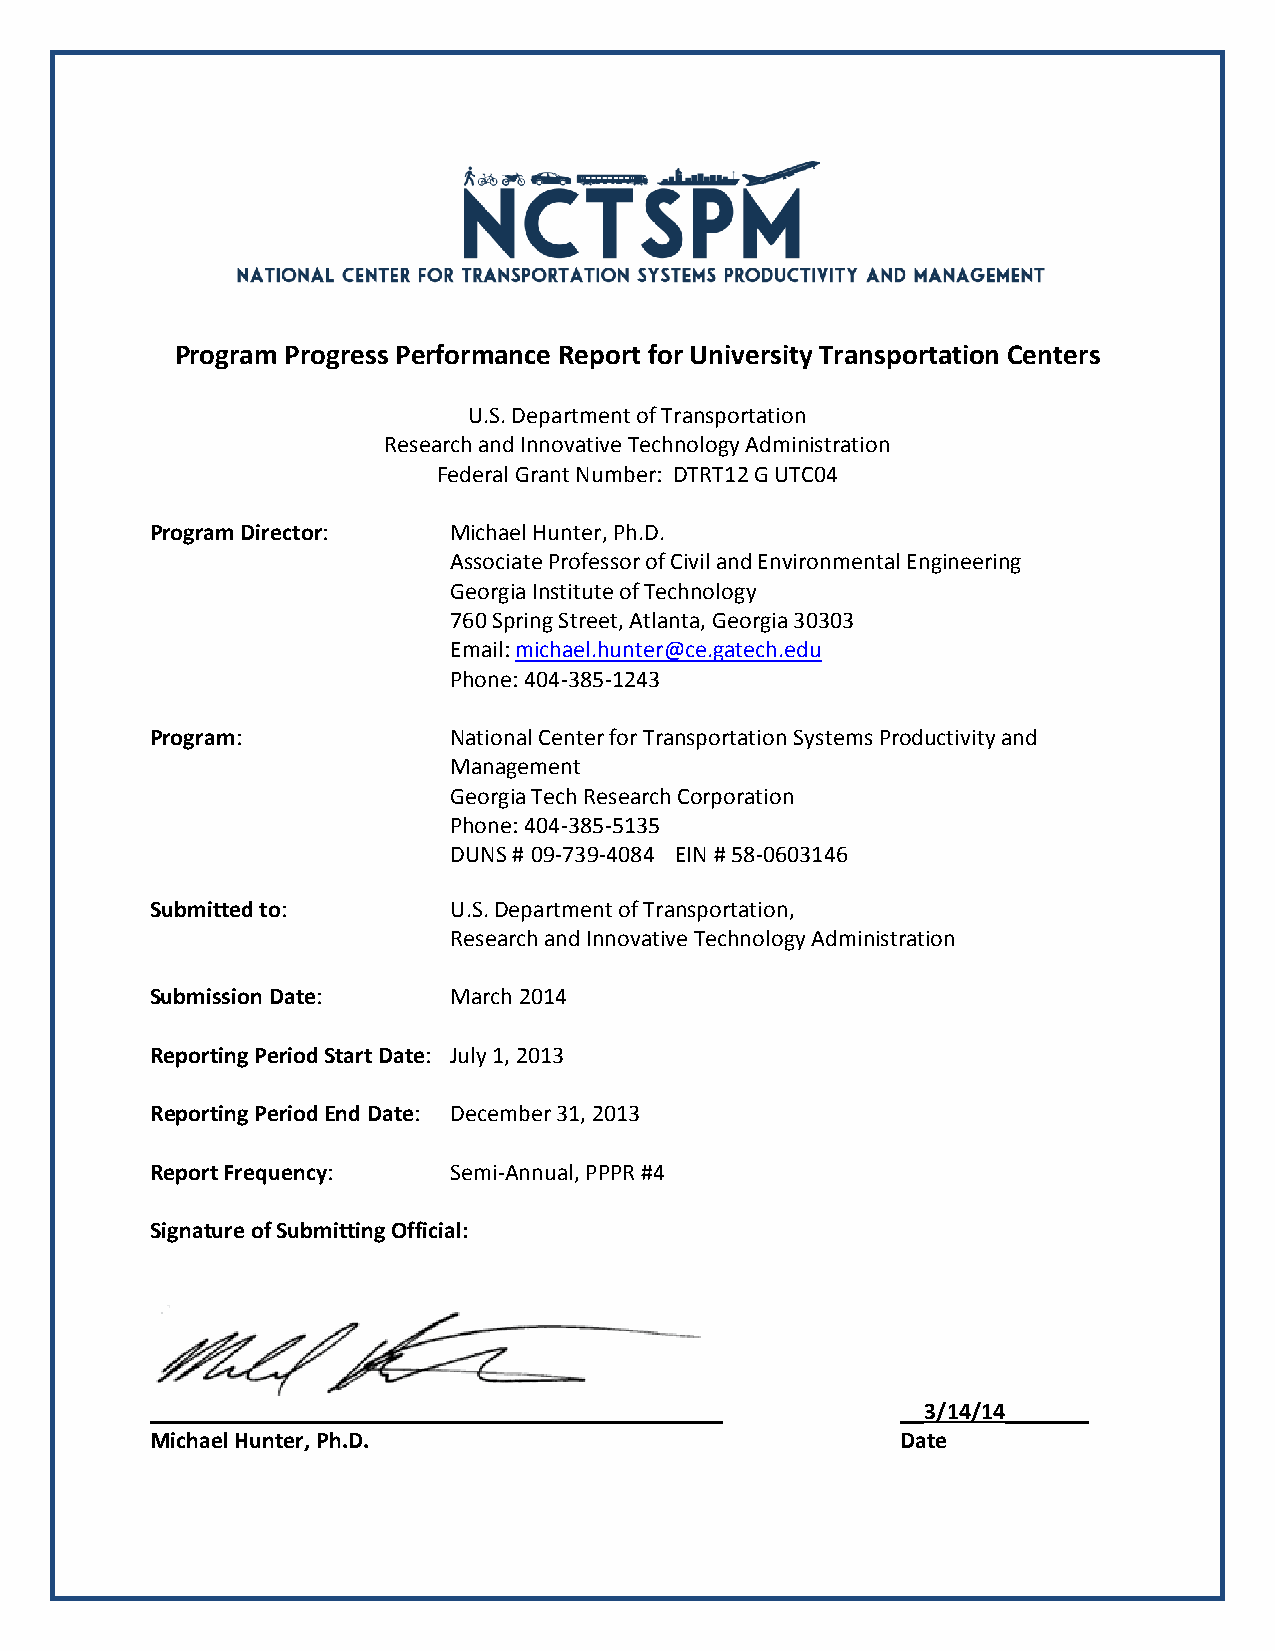
Program Progress Performance Report for University Transportation Centers
 U.S. Department of Transportation
 Research and Innovative Technology Administration
 Federal Grant Number: DTRT12 G UTC04
 Program Director:   Michael Hunter, Ph.D.
 Associate Professor of Civil and Environmental Engineering
 Georgia Institute of Technology
 760 Spring Street, Atlanta, Georgia 30303
 Email: michael.hunter@ce.gatech.edu
 Phone: 404-385-1243
 Program:            National Center for Transportation Systems Productivity and
 Management
 Georgia Tech Research Corporation
 Phone: 404-385-5135
 DUNS # 09-739-4084 EIN # 58-0603146
 Submitted to:       U.S. Department of Transportation,
 Research and Innovative Technology Administration
 Submission Date:    March 2014
 Reporting Period Start Date: July 1, 2013
 Reporting Period End Date: December 31, 2013
 Report Frequency:   Semi-Annual, PPPR #4
 Signature of Submitting Official:
 ________________________________________________  __3/14/14_______
 Michael Hunter, Ph.D.                             Date